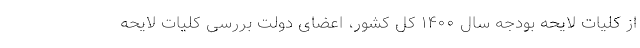
از کلیات لایحه بودجه سال ۱۴۰۰ کل کشور، اعضای دولت بررسی کلیات لایحه